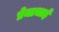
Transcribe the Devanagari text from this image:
प्रेमाभाई